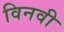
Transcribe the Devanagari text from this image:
विनवी